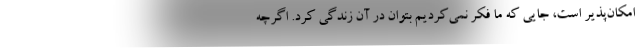
امکان‌پذیر است، جایی که ما فکر نمی‌کردیم بتوان در آن زندگی کرد. اگرچه